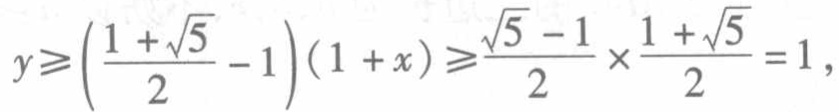
\[

y\geqslant\left(\frac{1 + \sqrt{5}}{2}-1\right)(1 + x)\geqslant\frac{\sqrt{5}-1}{2}\times\frac{1+\sqrt{5}}{2}=1,

\]